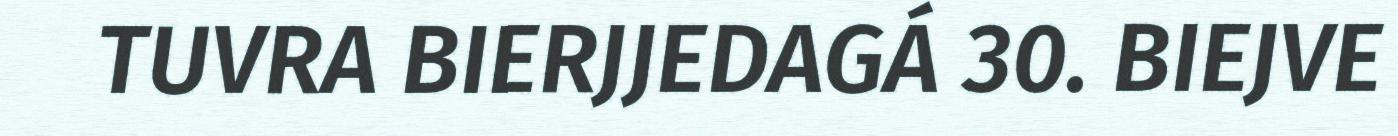
TUVRA BIERJJEDAGÁ 30. BIEJVE